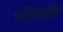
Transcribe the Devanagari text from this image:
पवित्रकोंके